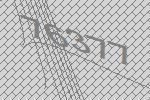
76377